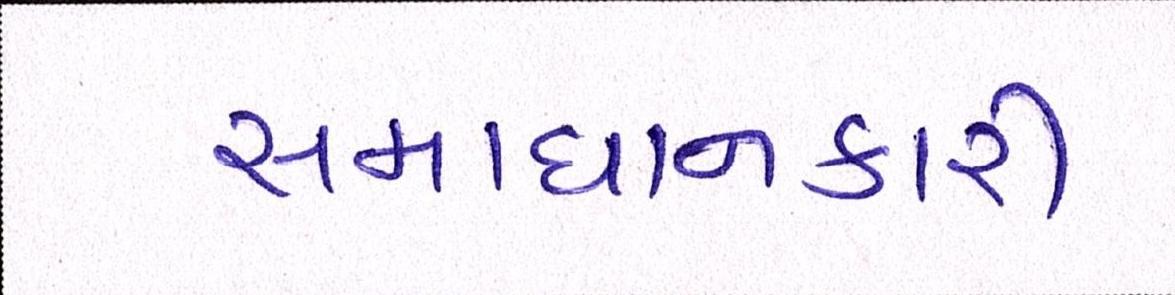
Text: સમાધાનકારી